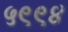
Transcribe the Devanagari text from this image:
५९९४